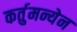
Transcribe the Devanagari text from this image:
कर्तुमन्येन